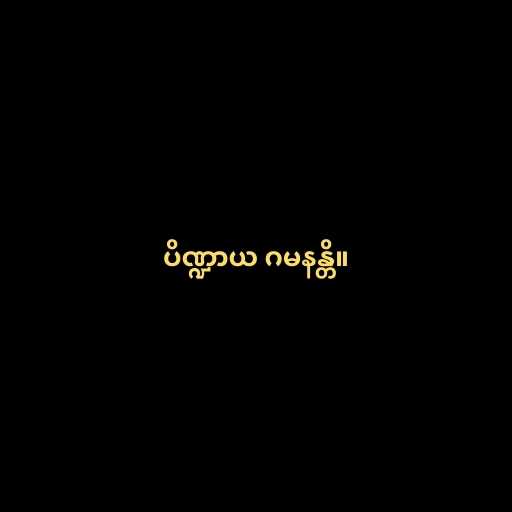
ပိဏ္ဍာယ ဂမနန္တိ။